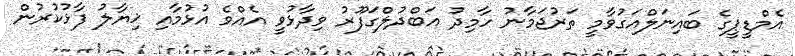
އެމްޑީޕީގެ ބައިނަލްއަގުވާމީ ތަރުޖަމާނު ހާމިދު އަބްދުލްގަފޫރު ވިދާޅުވީ އެއްވެ އުޅުމާއި ޚިޔާލު ފާޅުކުރުން